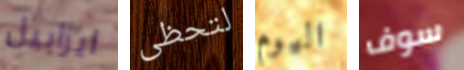
ايزابيل لتحظى اليوم سوف